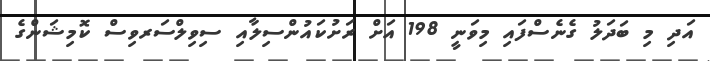
އަދި މި ބަދަލު ގެނެސްފައި މިވަނީ 198 އަށް ރަށުކައުންސިލާއި ސިވިލްސަރވިސް ކޮމިޝަންގެ